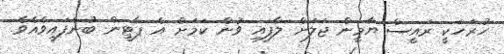
ހުރަހަކީ ރައީސް ޔާމީން ޖަލަށް ލާފައި ވުން ކަމަށް އެ ޕާޓީން ބުނެފައިވެއެވެ.